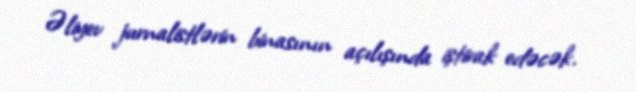
Əliyev jurnalistlərin binasının açılışında iştirak edəcək.